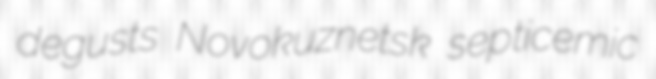
degusts Novokuznetsk septicemic